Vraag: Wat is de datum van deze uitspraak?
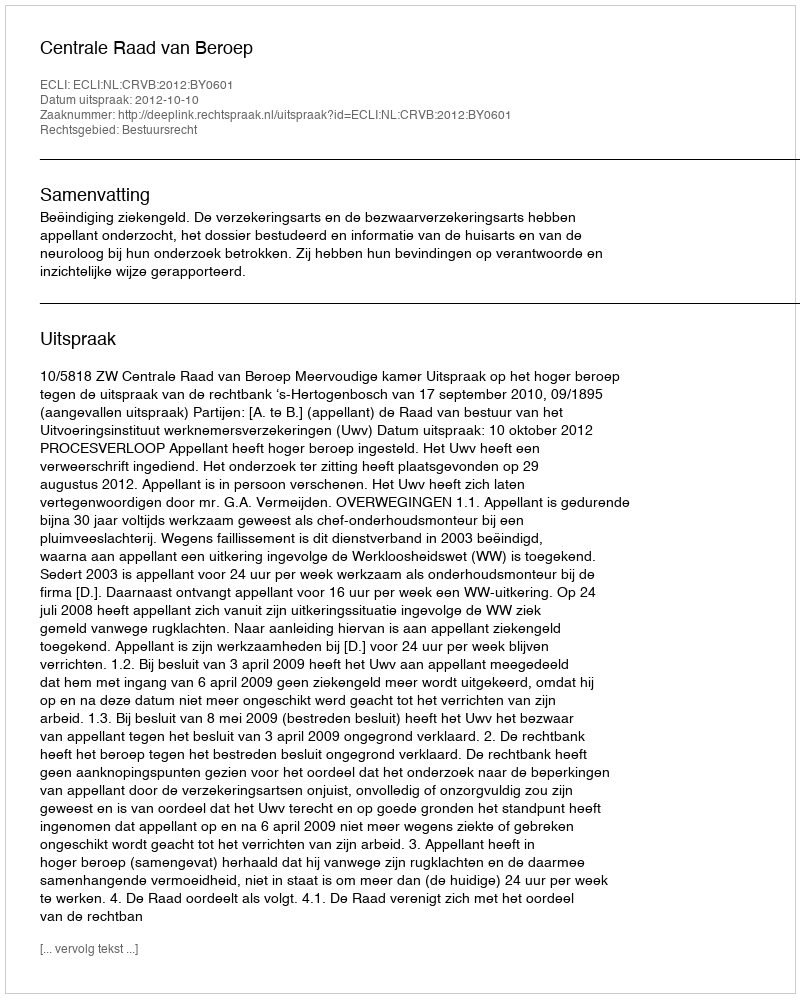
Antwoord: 2012-10-10